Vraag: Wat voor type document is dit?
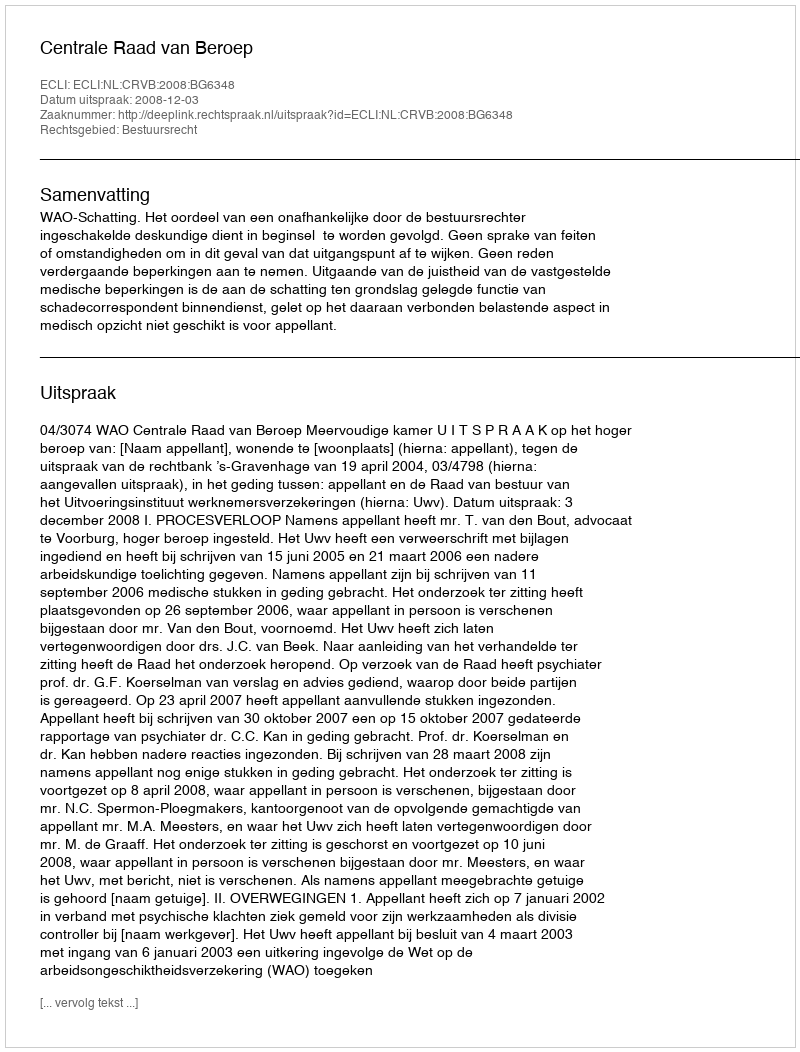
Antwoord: Uitspraak